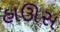
હાઊસ